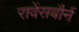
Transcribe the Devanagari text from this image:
रावेंसबौर्न